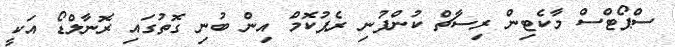
ސްޕޯޓްސް މާކެޓިން ރިސާޗް ކުންފުނި ރެޕުކޮމް އިން ބުނި ގޮތުގައި ރޮނާލްޑޯ އަކީ